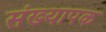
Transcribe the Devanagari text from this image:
संख्यापक